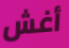
أغش